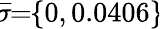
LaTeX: \! \overline{{\sigma}}\! \! =\! \! \{ 0,0.0406\} \!